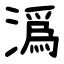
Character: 潙